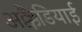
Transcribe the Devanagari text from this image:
अक्कैडियाई